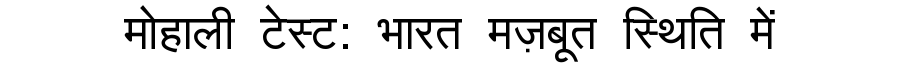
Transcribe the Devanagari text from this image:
मोहाली टेस्ट: भारत मज़बूत स्थिति में